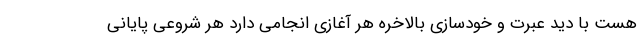
هست با دید عبرت و خودسازی بالاخره هر آغازی انجامی دارد هر شروعی پایانی